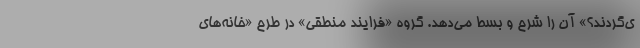
ی‌گردند؟» آن را شرح و بسط می‌دهد. گروه «فرایند منطقی» در طرح «خانه‌های